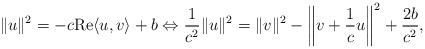
\begin{align*} \|u\|^2 = -c \mathrm{Re} \langle u,v \rangle + b \Leftrightarrow \frac{1}{c^2} \|u\|^2 = \|v\|^2 - \bigg\|v + \frac{1}{c}u\bigg\|^2 + \frac{2b}{c^2},\end{align*}